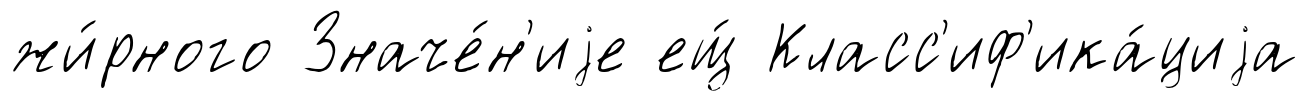
жи́рного Значе́н'иjе ещ́ Класс'иф'ика́циjа